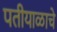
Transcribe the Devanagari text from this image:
पतीयाळाचे